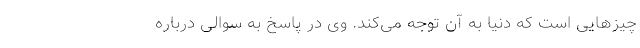
چیزهایی است که دنیا به آن توجه می‌کند. وی در پاسخ به سوالی درباره